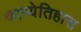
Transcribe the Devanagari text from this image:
काव्येतिहास